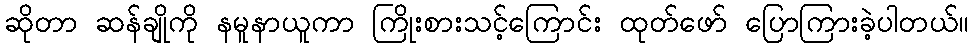
ဆိုတာ ဆန်ချိုကို နမူနာယူကာ ကြိုးစားသင့်ကြောင်း ထုတ်ဖော် ပြောကြားခဲ့ပါတယ်။